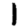
Digit: 1